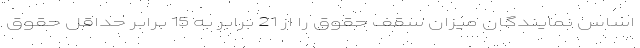
اساس نمایندگان میزان سقف حقوق را از 21 برابر به 15 برابر حداقل حقوق